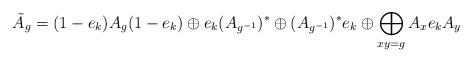
LaTeX: \begin{align*}\tilde A_g=(1-e_k)A_g(1-e_k)\oplus e_k(A_{g^{-1}})^\ast\oplus (A_{g^{-1}})^\ast e_k\oplus \bigoplus_{xy=g}A_xe_kA_y\end{align*}